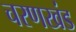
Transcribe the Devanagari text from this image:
चरणखंड